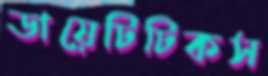
ডায়েটিটিকস